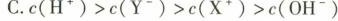
C.c(H^{+})>c(Y^{-})>c(X^{+})>c(OH^{-})